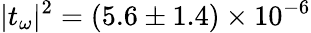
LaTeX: |t_{\omega}|^{2}=(5.6\pm 1.4)\times 10^{-6}